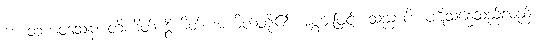
ဟေတုကဝသေန၊ တိဟိတ် ဒွိဟိတ် အဟိတ်တို့၏ အစွမ်းဖြင့်။ သညာပိ၊ ပဋိသန္ဓေသည်လည်း။